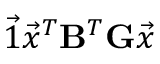
\vec { 1 } \vec { x } ^ { T } \mathbf { B } ^ { T } \mathbf { G } \vec { x }